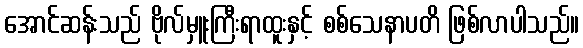
အောင်ဆန်းသည် ဗိုလ်မှူးကြီးရာထူးနှင့် စစ်သေနာပတိ ဖြစ်လာပါသည်။